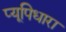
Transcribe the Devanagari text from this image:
प्यूपिधारा